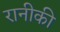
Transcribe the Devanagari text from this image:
रानीकी